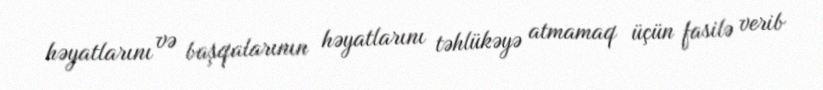
həyatlarını və başqalarının həyatlarını təhlükəyə atmamaq üçün fasilə verib